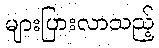
များပြားလာသည့်